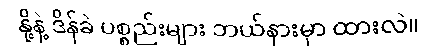
နို့နဲ့ ဒိန်ခဲ ပစ္စည်းများ ဘယ်နားမှာ ထားလဲ။